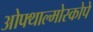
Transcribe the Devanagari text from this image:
ओफ्थाल्मोस्कोपे